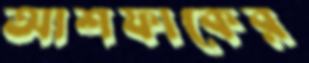
আশফাকের